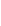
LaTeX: \! \! \! \! \! \! \! \! \! \! \! \mathbf{x}\! \! \! \! \! \! \! \! \! \! \! \! _{\! }\! \! \! \! \! \! \! \! \! \! \! 2\! \! \! \! \! \! \! \! \! \! \! \! ,\! \! \! \! \! \! \! \! \! \! \! \! \mathbf{x}\! \! \! \! \! \! \! \! \! \! \! \! _{\! }\! \! \! \! \! \! \! \! \! \! \! 3\! \! \! \! \! \! \! \! \! \! \! \! \in\! \! \! \! \! \! \! \! \! \! \! \! \partial\! \! \! \! \! \! \! \! \! \! \! \! \Sigma\! \! \! \! \! \! \! \! \! \! \! \! ^{c}\! \! \! \! \! \! \! \! \! \! \!